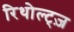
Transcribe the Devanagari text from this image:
रिथोल्ट्ज़